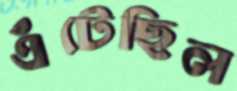
এঁটেছিল